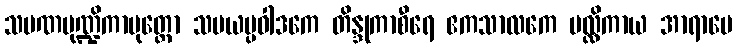
သမဏမုဏ္ဍိကာပုတ္တော သမယပ္ပဝါဒကေ တိန္ဒုကာစီရေ ဧကသာလကေ မလ္လိကာယ အာရာမေ